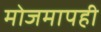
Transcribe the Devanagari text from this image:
मोजमापही